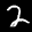
Label: 2